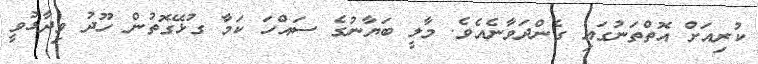
ކުރިއަށް އޮތްތަނުގައި ގެންދަވާނެއެވެ. މާލީ ބަޔާނުގެ ސައްހަ ކަމާ ގުޅޭގޮތުން ހޫދު ވިދާޅުވީ